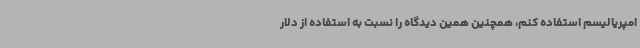
امپریالیسم استفاده کنم، همچنین همین دیدگاه را نسبت به استفاده از دلار